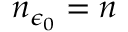
n _ { \epsilon _ { 0 } } = n